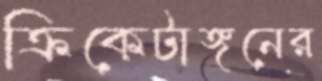
ক্রিকেটাঙ্গনের